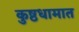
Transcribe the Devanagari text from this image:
कुष्ठधामात